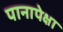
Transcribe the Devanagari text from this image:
पानापेक्षा